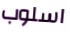
اسلوب